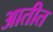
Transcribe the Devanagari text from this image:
आतीत